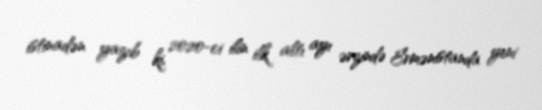
istinadən yazıb ki, 2020-ci ilin ilk altı ayı ərzində Ermənistanda yeni